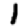
Digit: 1